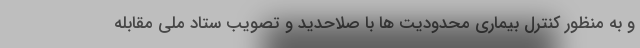
و به منظور کنترل بیماری محدودیت ها با صلاحدید و تصویب ستاد ملی مقابله